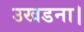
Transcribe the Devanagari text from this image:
उखडना।